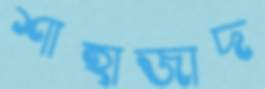
শাহাজাদ